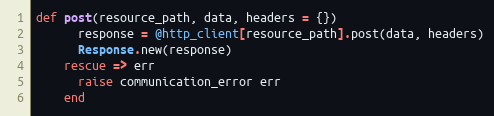
Language: Ruby
def post(resource_path, data, headers = {})
      response = @http_client[resource_path].post(data, headers)
      Response.new(response)
    rescue => err
      raise communication_error err
    end